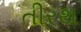
તીરથ